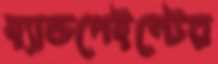
হ্যান্ডপেইন্টের